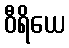
ဝီရိယေ